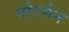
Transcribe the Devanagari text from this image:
गोरमेन